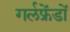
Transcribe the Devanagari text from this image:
गर्लफ्रेंडों